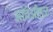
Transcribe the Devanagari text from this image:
आंबेओहळ